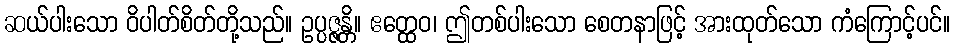
ဆယ်ပါးသော ဝိပါတ်စိတ်တို့သည်။ ဥပ္ပဇ္ဇန္တိ။ ဧတ္ထေဝ၊ ဤတစ်ပါးသော စေတနာဖြင့် အားထုတ်သော ကံကြောင့်ပင်။